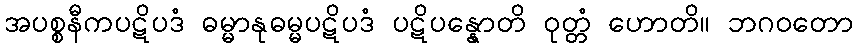
အပစ္စနီကပဋိပဒံ ဓမ္မာနုဓမ္မပဋိပဒံ ပဋိပန္နောတိ ဝုတ္တံ ဟောတိ။ ဘဂဝတော